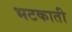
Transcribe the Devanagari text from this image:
भटकाती